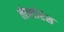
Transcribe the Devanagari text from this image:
लेक्टोरेस